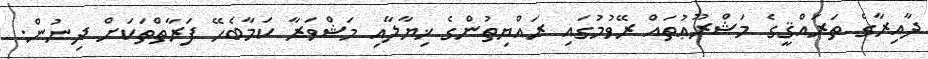
ދާއިރާގެ ތަރައްޤީގެ މަޝްރޫޢުތައް ރޭވުމުގައި ރައްޔިތުންގެ ޚިޔާލާއި މަޝްވަރާ ކަމާބެހޭ ފަރާތްތަކަށް ދިނުން.